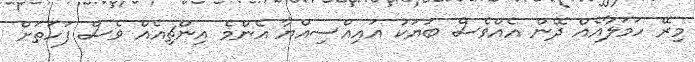
މިރޭ ހަމަލާއެއް ދޭން އެއްވެސް ބަޔަކު އައިއްސިއްޔާ އެންމެ އިންޗިއެއް ވެސް ފަހަތަށް